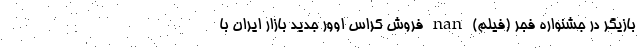
بازیگر در جشنواره فجر (فیلم) nan فروش کراس اوور جدید بازار ایران با